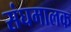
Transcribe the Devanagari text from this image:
संघमालक